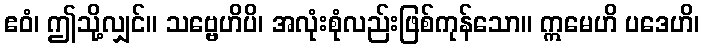
ဧဝံ၊ ဤသို့လျှင်။ သဗ္ဗေဟိပိ၊ အလုံးစုံလည်းဖြစ်ကုန်သော။ ဣမေဟိ ပဒေဟိ၊